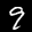
Label: 9